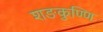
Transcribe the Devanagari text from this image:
शङकुण्णि